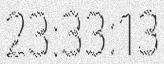
23:33:13